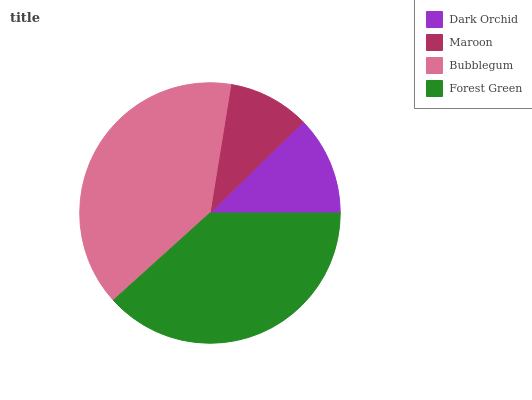
| Dark Orchid | Maroon | Bubblegum | Forest Green |
 | --- | --- | --- | --- |
 | 12.3% | 10.1% | 39.3% | 38.3% |